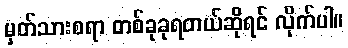
မှတ်သားစရာ တစ်ခုခုရတယ်ဆိုရင် လိုက်ပါ။